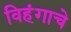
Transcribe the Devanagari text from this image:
विहंगाचे